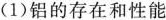
(1)铝的存在和性能